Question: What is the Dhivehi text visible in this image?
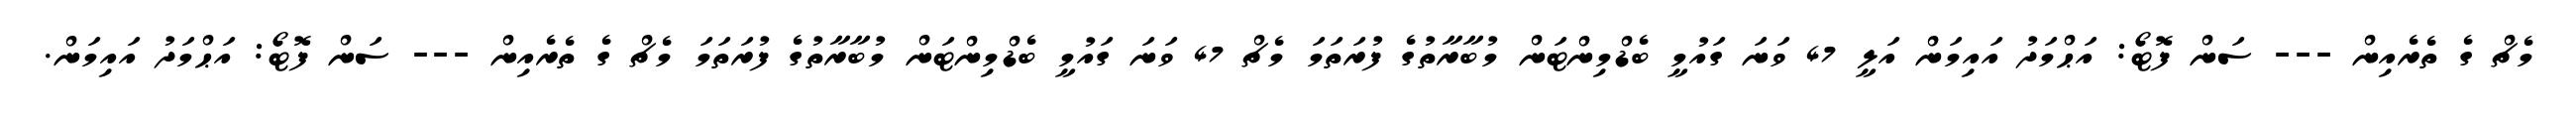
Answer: މެޗް ގެ ތެރެއިން --- ސަން ފޮޓޯ: އަޙްމަދު އައިމަން އަލީ 47 ވަނަ ގައުމީ ބެޑްމިންޓަން މުބާރާތުގެ ފުރަތަމަ މެޗް 47 ވަނަ ގައުމީ ބެޑްމިންޓަން މުބާރާތުގެ ފުރަތަމަ މެޗް ގެ ތެރެއިން --- ސަން ފޮޓޯ: އަޙްމަދު އައިމަން.